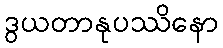
ဒွယတာနုပဿိနော